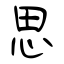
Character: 思